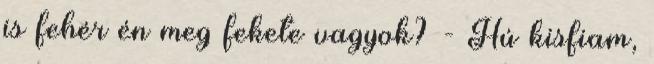
is fehér én meg fekete vagyok? - Hú kisfiam,